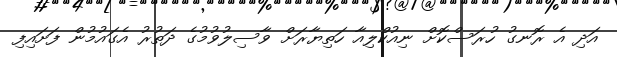
އަދި އެ ރޮނގު ހުރަސްކޮށް ނިއުކްލިއާ ހަތިޔާރަށް ވާސިލުވުމުގެ ދަތުރު އެގައުމުން ފަށައިފި